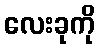
လေးခုကို